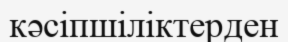
кәсіпшіліктерден